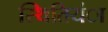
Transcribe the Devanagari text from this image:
स्थितियंा